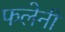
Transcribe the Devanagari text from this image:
फलेनी